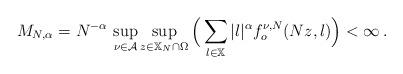
LaTeX: \begin{align*} M_{N, \alpha} = N^{-\alpha}\,\sup_{\nu \in \mathcal{A}} \sup_{z \in \mathbb{X}_N \cap \Omega} \Big(\sum_{l \in \mathbb{X}} |l|^\alpha f^{\nu, N}_{o}(Nz, l)\Big) < \infty \,.\end{align*}